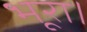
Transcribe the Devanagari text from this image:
भूरा।